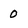
Character: 0